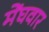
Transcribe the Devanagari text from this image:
मेंघवार